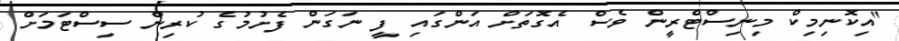
"އިކޮނިމިކް މިނިސްޓްރީން ވެސް އެގޮތަށް އަންގައި ފީ ނަގަން ފެށުމުގެ ކުރިން ސިސްޓަމަށް